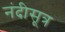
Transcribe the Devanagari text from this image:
नंदीसूत्र